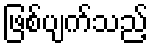
ဖြစ်ပျက်သည့်